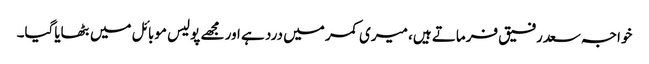
خواجہ سعدرفیق فرماتے ہیں، میری کمر میں درد ہے اور مجھے پولیس موبائل میں بٹھایاگیا۔